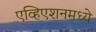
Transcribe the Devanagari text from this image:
एव्हिएशनमध्ये